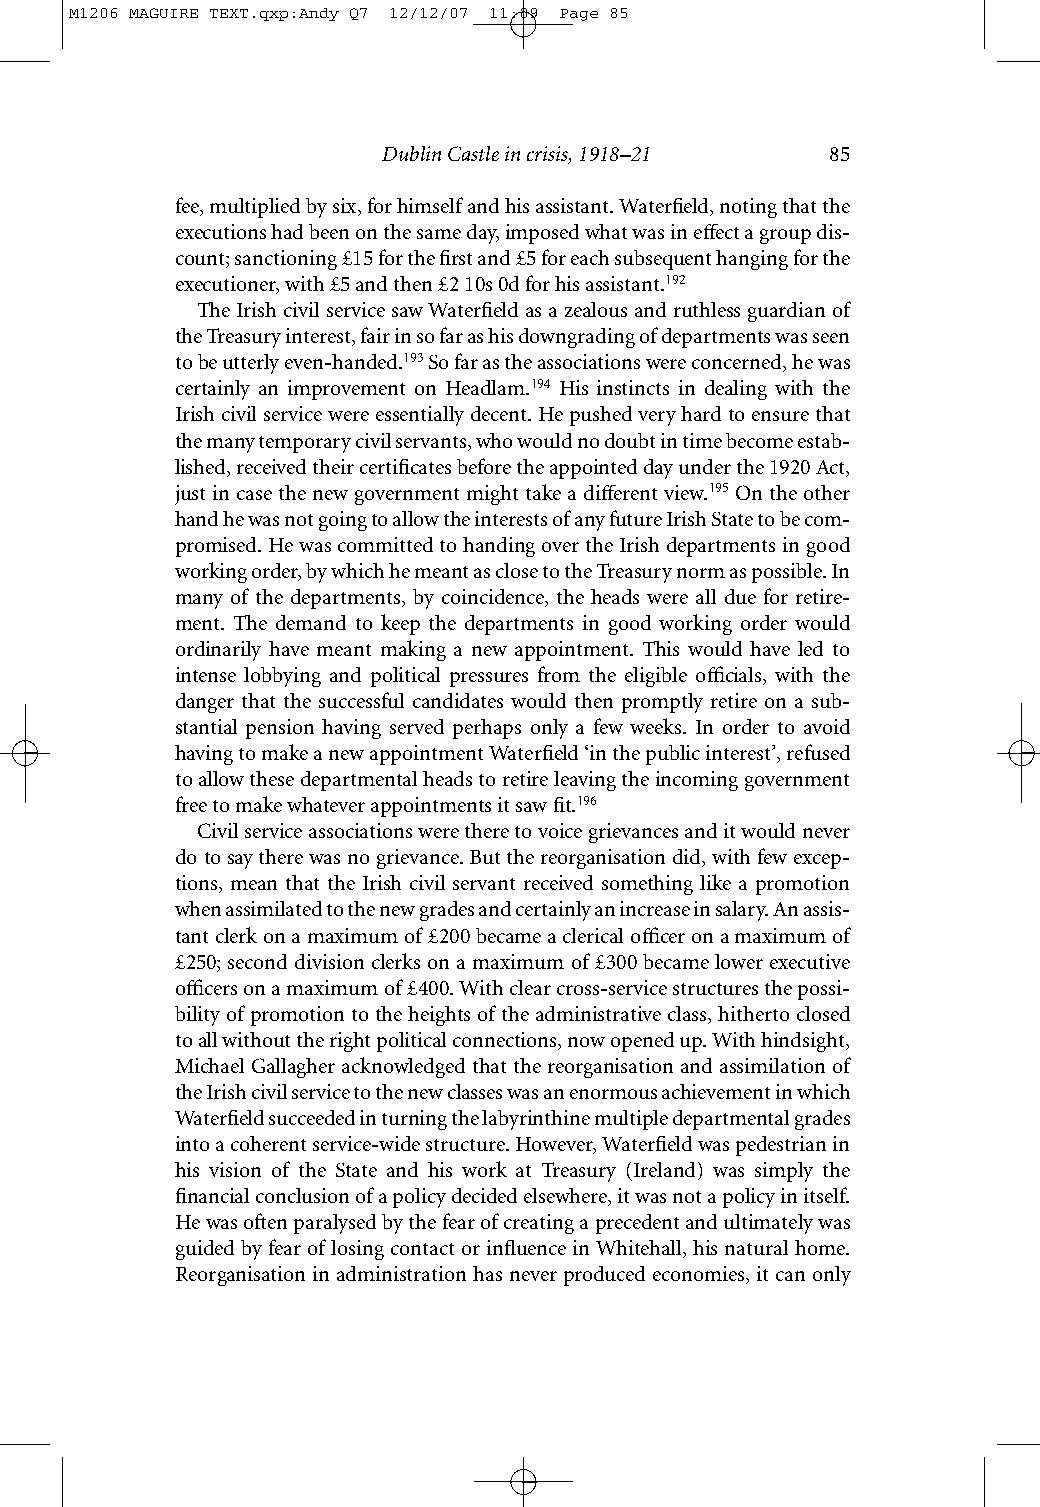
M1206 MAGUIRE TEXT.qxp:Andy Q7 12/12/07 11:09 Page 85
 Dublin Castle in crisis, 1918–21 85
 fee, multiplied by six, for himself and his assistant. Waterfield, noting that the
 executions had been on the same day, imposed what was in effect a group dis-
 count; sanctioning £15 for the first and £5 for each subsequent hanging for the
 executioner, with £5 and then £2 10s 0d for his assistant.192
 The Irish civil service saw Waterfield as a zealous and ruthless guardian of
 the Treasury interest, fair in so far as his downgrading of departments was seen
 to be utterly even-handed.193So far as the associations were concerned, he was
 certainly an improvement on Headlam.194 His instincts in dealing with the
 Irish civil service were essentially decent. He pushed very hard to ensure that
 the many temporary civil servants, who would no doubt in time become estab-
 lished, received their certificates before the appointed day under the 1920 Act,
 just in case the new government might take a different view.195On the other
 hand he was not going to allow the interests of any future Irish State to be com-
 promised. He was committed to handing over the Irish departments in good
 working order, by which he meant as close to the Treasury norm as possible. In
 many of the departments, by coincidence, the heads were all due for retire-
 ment. The demand to keep the departments in good working order would
 ordinarily have meant making a new appointment. This would have led to
 intense lobbying and political pressures from the eligible officials, with the
 danger that the successful candidates would then promptly retire on a sub-
 stantial pension having served perhaps only a few weeks. In order to avoid
 having to make a new appointment Waterfield ‘in the public interest’, refused
 to allow these departmental heads to retire leaving the incoming government
 free to make whatever appointments it saw fit.196
 Civil service associations were there to voice grievances and it would never
 do to say there was no grievance. But the reorganisation did, with few excep-
 tions, mean that the Irish civil servant received something like a promotion
 when assimilated to the new grades and certainly an increase in salary. An assis-
 tant clerk on a maximum of £200 became a clerical officer on a maximum of
 £250; second division clerks on a maximum of £300 became lower executive
 officers on a maximum of £400. With clear cross-service structures the possi-
 bility of promotion to the heights of the administrative class, hitherto closed
 to all without the right political connections, now opened up. With hindsight,
 Michael Gallagher acknowledged that the reorganisation and assimilation of
 the Irish civil service to the new classes was an enormous achievement in which
 Waterfield succeeded in turning the labyrinthine multiple departmental grades
 into a coherent service-wide structure. However, Waterfield was pedestrian in
 his vision of the State and his work at Treasury (Ireland) was simply the
 financial conclusion of a policy decided elsewhere, it was not a policy in itself.
 He was often paralysed by the fear of creating a precedent and ultimately was
 guided by fear of losing contact or influence in Whitehall, his natural home.
 Reorganisation in administration has never produced economies, it can only